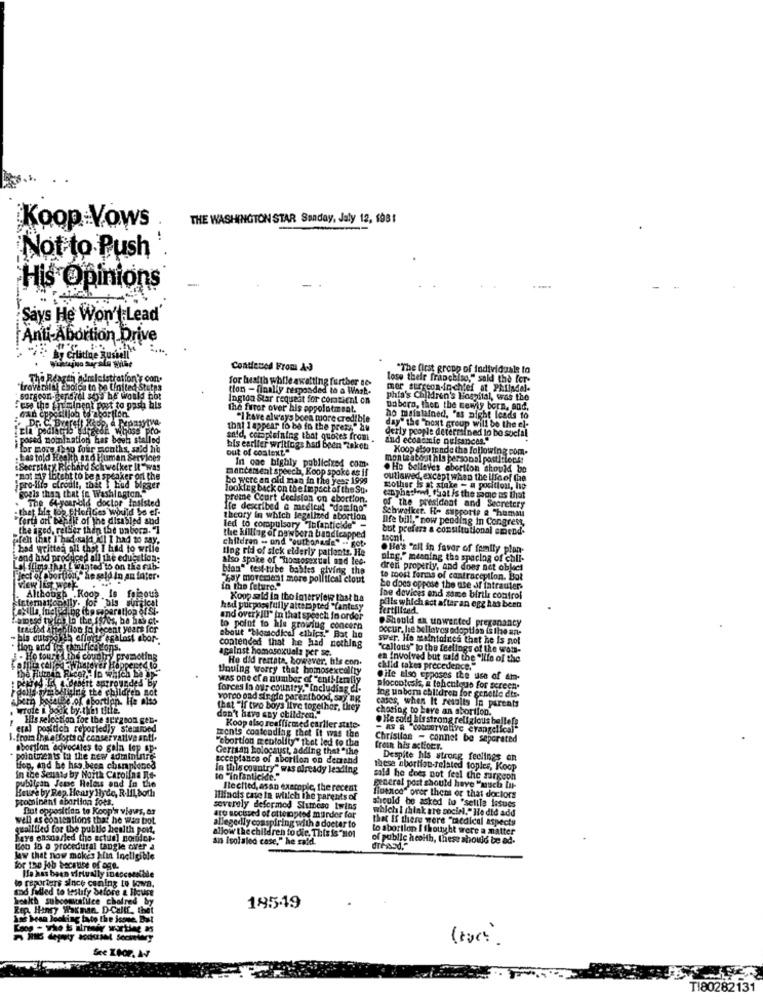
THE WASHINGTON STAR Sunday, Jaly 12, 1981
Koop Vows
Not to Push
His Opinions
....
Says He Won't Lead
Anti-Abortion Drive
y Gelatine justeil"
Contiened From A-J
"The first group of individuals to
The Rearth humleistration' con.
for health while awaiting further se
lose their franchiso," said the fer-
"traversla choice to be United States
tion - finally responded to a Wash.
mor surgeon-in-chief at Philadel-
sorgcon-gendrel ses he would bot
Ington Star request for comtien! on
phia's Children's Hospital, was the
the n'mipent post to pash bis
the furor over his appolotmsat.
Dobern, then the newis born, and,
"I have always been more credible
ho maintained, "as nicht leads to
df Whoss pro-
that I appear to be in the press." bu
day" the "noxt group will be the el-
derly people determined lo bo social
posed nomination has been stalled
said, complaining that quotes from .
and economic nuisances."
for more than four months, said he
out of context."
his earlier writings had been taken
Koop also tr nde the following com.
. Las told Health and Human Services
monteabout his personal postitionis
.Secretary, Richard Schweiker It"wa!
mancament speech, Koop spoke as if
In one highly publicized com.
. Ho Selleves abortion should be
"not my loteht to be p speaker of the
bo were an old man in the yes: 1999
outlawed, except when the life of le
Pero-lito cirodil, thit }
looking back on the Impact of the Su.
mother is at stake - a position, he
OCLOP
preme Court decision on abortion.
ephethewi, that is the same as that
sisted
Ife described a medleit "domino"
of the president and Secretery
Schweiker. F- supporte a "humai
theory in which legalized abortion
DIfe bill," now pending in Congress,
led to compulsory Infanticide" -
but prefers a constitutional emend-
children - and "euthanasie" .. got.
the killing of Dawbera bandicapped
ting rid of sick elderly patients. He
. He's "sil in favor of family plan-
Also spoke of "homosexual and lee-
og." meaning the spacing of chil-
blan" test-tube bables giving the
dren properly, and does not object
"Zay movement more political ctout
to tooit forms of contraception. Bot
in the feture."
Le does oppose the use of fatrauter.
Kopp said in the interview that ha
Ine devices and same birth control
hed purposefully attempted "(antesy
Fertilfind
pills which act after an egz has been
and overk IU" in that speech in order
.Should un unwanted preganancy
Bare for
to point to hile groinlug concern
occur, he bellovos adoptias ( the an-
st abor-
about "biomedical ethics." Bat ho
contended that he had nothing
swer. Ho maintaines that he is not
against homosexuals per se.
"callous" to the feelings of the wom-
He did restate, however, his con.
en involved but said the "life of the
Unuing worry that homosexuality
child cakes precedence."
was one cf a number of "enti ferally
He also cpposes the use of am-
forces In our country, "Including al-
Bloccotesis, a tohculous for screen-
Hinterof Abortion. He alss
ging the Ch
vorpo ond sir gie parenthood, say Bg
ing un bom children for genetle dis-
Wrote i book by.this title.
that "if two boys live together, they
cases, when It results In parents
choosing to have an abortion.
His selection for the surgeon get.
don't have any children."
. He sold bisstrong religious beliefs
eral positich reportedly stentoed
ments contendlag thet It was the
Koop also reaffirmed carlier state-
- AS A "conservative evangelical"
1. from the efforts of conservative an.ti.
"cbortion mentolity" that led to the
Christian - connet be separated
abortion advocates to gala lop ap-
Gerzian Holocaust, adding that "the
Erosn his actiotr.
pointments to the new administre
acceptance of abortion on demand
Despite his strong feelings an
Hop, and he has been charplaned
In this country" was already leading
these abortion-related toples, Koop
in the Senats by Moith Carolina Re-
pubilean Jene Relous and In the
to "infanticide."
sald he does not feel the surgeon
Beure by Rep. Hoary Hyde, R-IIL, both
Ilechted, asan example, the recent
general post should have "much Iu-
prominent abortion foes.
Illinois cave in which the parents of
fidenco" over theas or that doctors
But opposition to Koop's views, ar
severely deformed Slimbeso twins
which i think are social." Ile did add
should be asked to 'selila issues
well as contentions that he was bot.
ato socissed of attempted murder far
that If there were "medical aspects
qualified for the public health poi,
allegedly coaspiring with a doeter to
to abortion I thought were a matter
Fays ensnarled the actual nordicr
allow the children to die. This is "Mol
an isolaled case," he said.
of public health, these should be ad-
Bob to a procedural tangle over a
dressd,"
Jaw that now mokes kin Ineligible
for the job because of age.
He has been virtually inaccessible
to reporters since caning tu lowa.
mod failed to testify before & liqure
health subcostalilce chofred by
Rep. Hangy Wikman. D-Calif, that
18549
1se been looking lauto the issue, But
Loop - The t ilneair worting as
( rc)
TI80282131